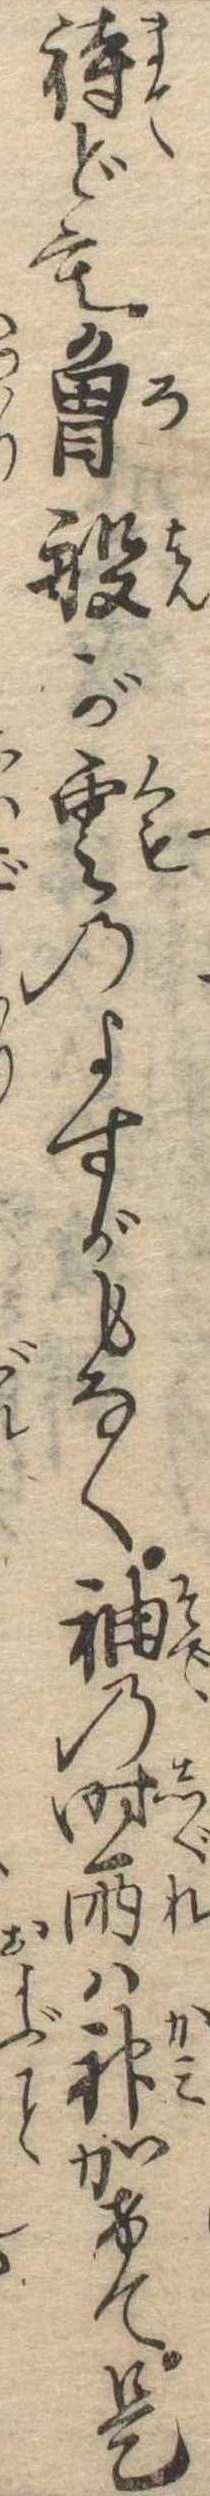
待ども魯般が雲のよすがもなく袖の時雨は神かけて是